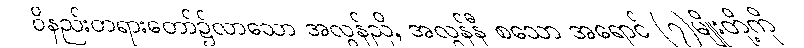
ဝိနည်းတရားတော်၌လာသော အလွန်ညို, အလွန်နီ စသော အရောင် (၇)မျိုးတို့ကို